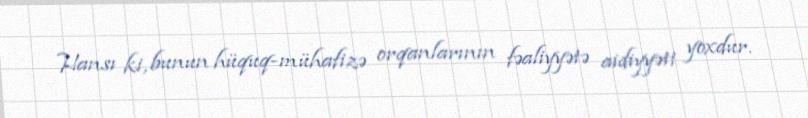
Hansı ki, bunun hüquq-mühafizə orqanlarının fəaliyyətə aidiyyəti yoxdur.